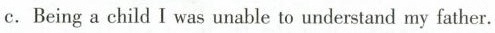
c.Being a child I was unable to understand my father